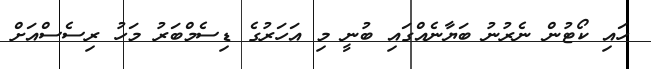
ހައި ކޯޓުން ނެރުނު ބަޔާނެއްގައި ބުނީ މި އަހަރުގެ ޑިސެމްބަރު މަހު ރިސެސްއަށް